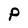
Character: P